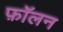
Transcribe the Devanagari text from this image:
फ़ॉलन